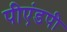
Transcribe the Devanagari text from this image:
पीएंडपी